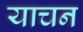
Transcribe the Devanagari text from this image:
याचन